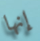
إنها